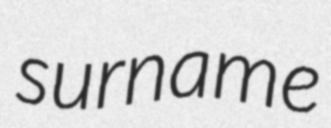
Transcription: surname